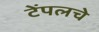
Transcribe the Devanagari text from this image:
टेंपलचे